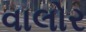
વાલોર